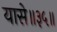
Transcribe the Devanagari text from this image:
यासे॥३५॥